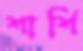
শার্শি